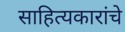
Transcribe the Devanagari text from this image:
साहित्यकारांचे